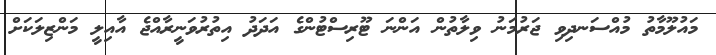
މައުލޫމާތު މުއްސަނދިވި ޖަރުމަނު ވިލާތުން އަންނަ ޓޫރިސްޓުންގެ އަދަދު އިތުރުވަނީރާއްޖެ އާއިލީ މަންޒިލަކަށް